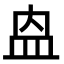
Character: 𭽼